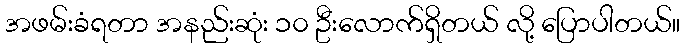
အဖမ်းခံရတာ အနည်းဆုံး ၁၀ ဦးလောက်ရှိတယ် လို့ ပြောပါတယ်။